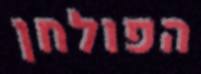
הפולחן